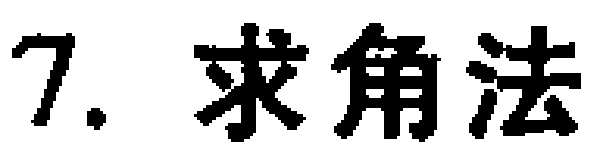
7. 求角法